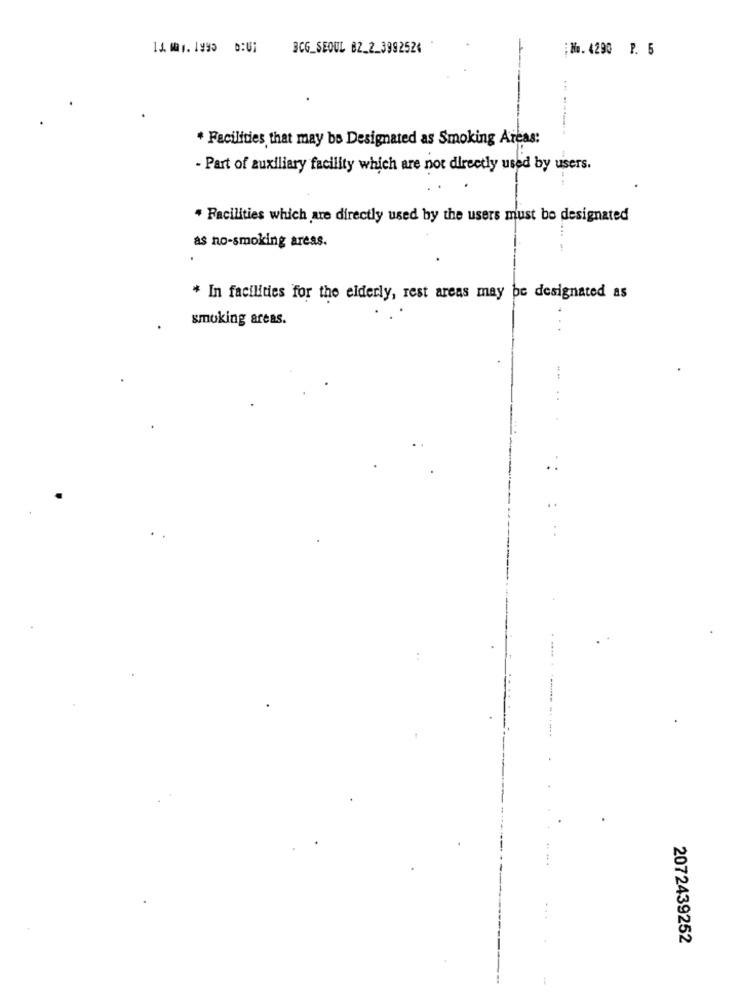
14 Mr. 1995 0:01
BCG_SEOUL 82_2_3992524
Ww. 4290 P. 5
* Facilities that may be Designated as Smoking Areas:
- Part of auxiliary facility which are not directly used by users.
* Facilities which are directly used by the users must bo designated
as no-smoking areas.
* In facilities for the elderly, rest areas may be designated as
smoking areas.
. .....
2072439252